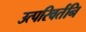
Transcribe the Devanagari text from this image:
उत्परिवर्तनि